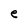
Character: e